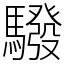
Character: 驋